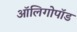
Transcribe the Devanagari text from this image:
ऑलिगोपॉड